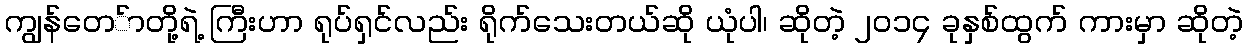
ကျွန်တေ်ာတို့ရဲ့ ကြီးဟာ ရုပ်ရှင်လည်း ရိုက်သေးတယ်ဆို ယုံပါ၊ ဆိုတဲ့ ၂၀၁၄ ခုနှစ်ထွက် ကားမှာ ဆိုတဲ့